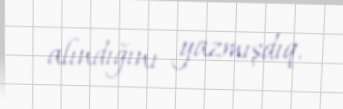
alındığını yazmışdıq.